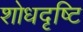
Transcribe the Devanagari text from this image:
शोधदृष्टि